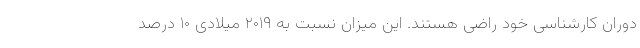
دوران کارشناسی خود راضی هستند. این میزان نسبت به ۲۰۱۹ میلادی ۱۰ درصد